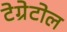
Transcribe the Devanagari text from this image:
टेग्रेटोल